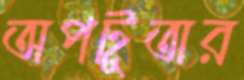
অপটুতার